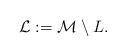
LaTeX: \begin{align*}\mathcal{L} := \mathcal{M} \setminus L.\end{align*}